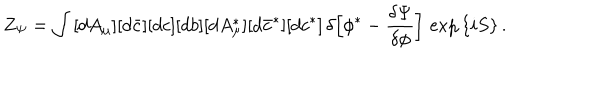
Z _ { \Psi } = \int \, [ d A _ { \mu } ] [ d \bar { c } ] [ d c ] [ d b ] [ d A _ { \mu } ^ { \ast } ] [ d \bar { c } ^ { \ast } ] [ d c ^ { \ast } ] \, \delta \Bigl [ \phi ^ { \ast } - \frac { \delta \Psi } { \delta \phi } \Bigr ] \, \exp \, \{ i S \} \, .